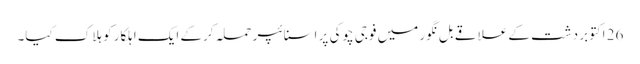
26 اکتوبر دشت کے علاقے بل نگور میں فوجی چوکی پر اسنائپر حملہ کرکے ایک اہلکار کو ہلاک کیا۔